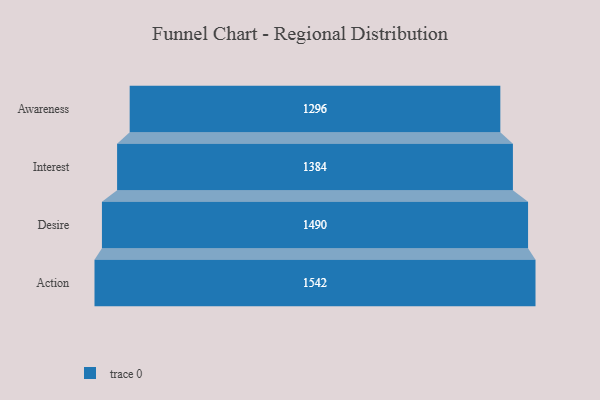
{"axis": {"x": "Stage", "y": "Value"}, "legend": [""], "data": [{"x": "Awareness", "y": 1296.0, "type": ""}, {"x": "Interest", "y": 1384.0, "type": ""}, {"x": "Desire", "y": 1490.0, "type": ""}, {"x": "Action", "y": 1542.0, "type": ""}]}